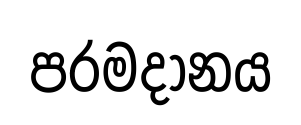
පරමදානය